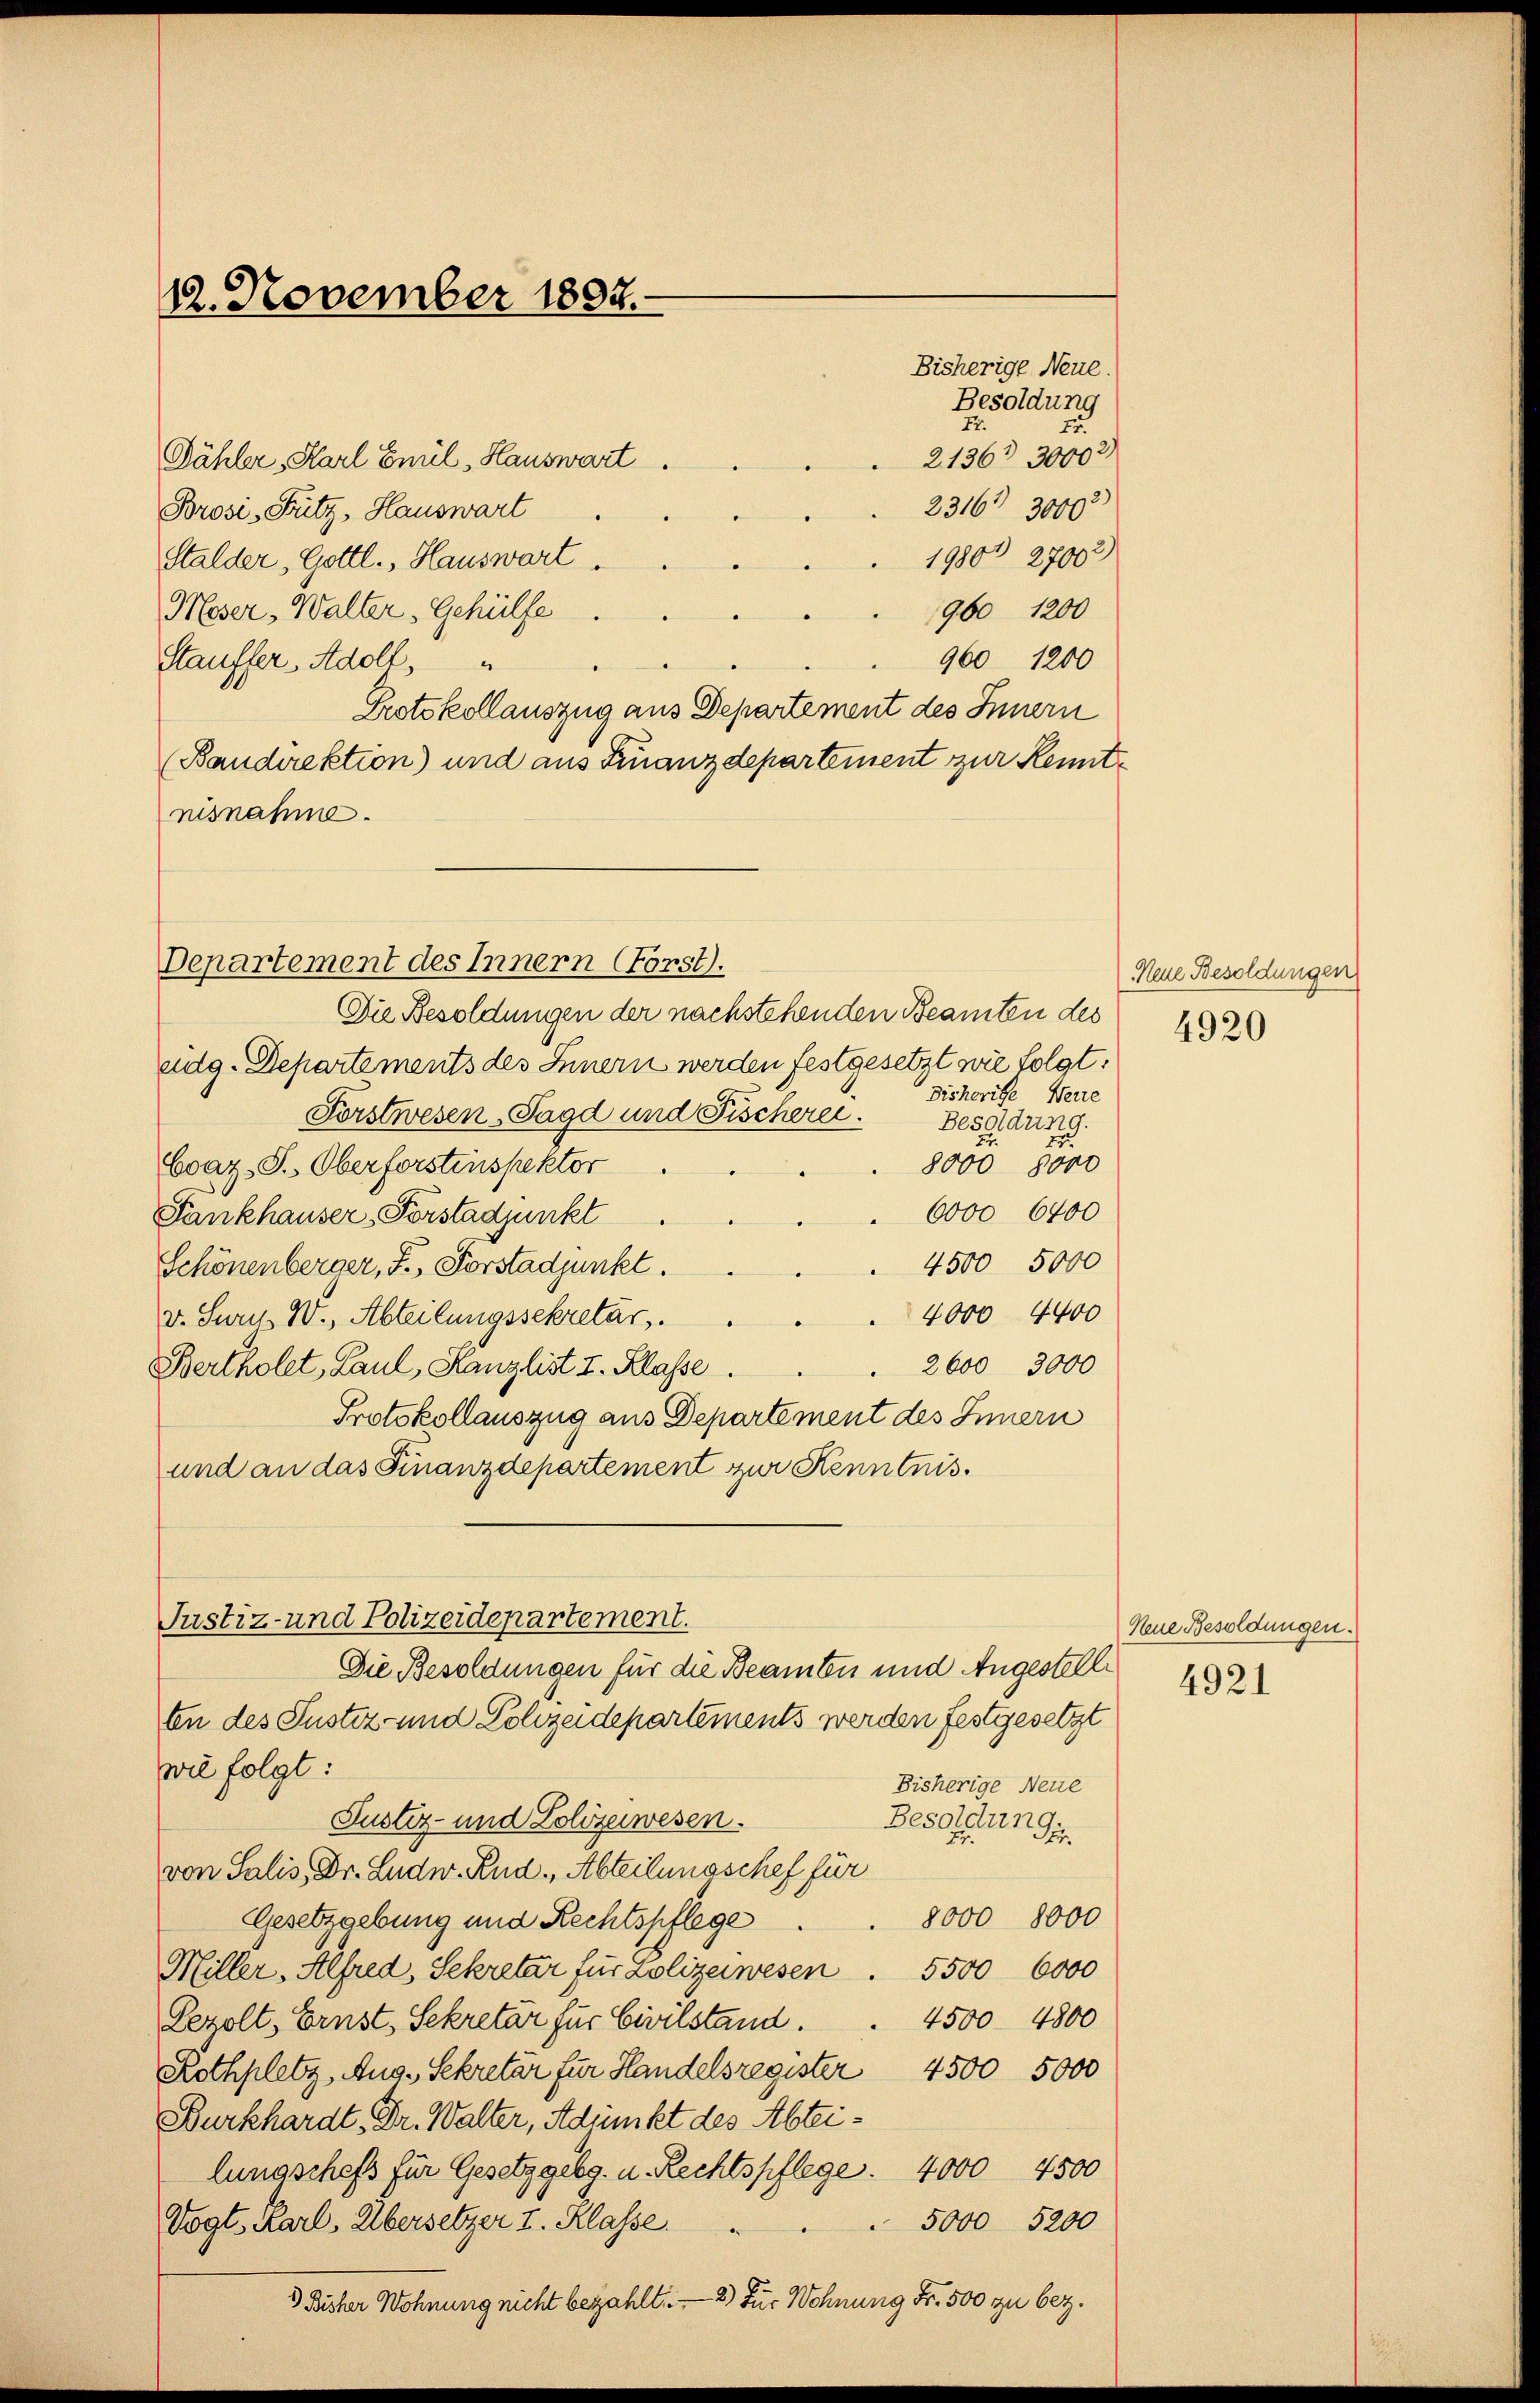
12. November 1802.

Departement des Innern (Först).

Justiz- und Polizeidepartement.
Die Besoldungen für die Beamten und Angestell

7.
2136. 30002)

Die Besoldungen der nachstehenden Beamten des
eidg. Departements des Innern werden festgesetzt wie folgt:
Fisherige Neue
Forstwesen, Jagd und Fischerei.
Besoldung.
2
Evaz-S. Oberforstinspektor
8000 8000
6000 6400
Fankhauser, Forstadjunkt
4500 5000
Schönenberger, F. Forstadjunkt.
4000 4400
v. Sury, W., Abteilungssekretär.
2600 3000
Bertholet, Paul, Kanzlist I. Klasse.
Protokollauszug aus Departement des Innern
und an das Finanzdepartement zur Kenntnis.
ten des Justiz- und Polizeidepartements werden festgesetzt
wie folgt:
Bisherige Neue
Justiz- und Zolizeiwesen.
Besoldung.
von Salis, Dr. Ludw. Rud., Abteilungschef für
8000 8000
Gesetzgebung und Rechtspflege
Miller. Alfred, Sekretär für Polizeiwesen. 5500 6000
4500 4800
Lezolt, Ernst, Sekretär für Civilstand.
Rothplatz, Aug. Sekretär für Handelsregister 4500 5000
Burkhardt, Dr. Walter, Adjunkt des Abteilungschefs für Gesetzgebg. u. Rechtspflege. 4000 4500
Vogt. Karl, Übersetzer I. Klasse.
5000 5200
3 Bisher Wohnung nicht bezahlt. — 2) Für Wohnung Fr. 500 zu bez.

Bisherige Neue.
Besoldung
Fr.

Fähler, Karl Emil Hauswart.
2316. 3000
Brosi-Fütz, Hauswart
1980 27002
Stalder, Gottl., Hauswart.
960 1200
Meser, Walter, Gehülfe.
960 1200
Stauffer, Adoll,
Protokollauszug aus Departement des Innern
(Bandirektion) und aus Finanzdepartement zur Kenntnisnahme.

Neue Besoldungen
4920

Neue Besoldungen.
4921